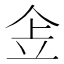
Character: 𠈔